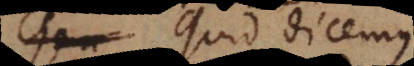
Quid dicemus